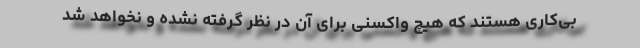
بی‌کاری هستند که هیچ واکسنی برای آن در نظر گرفته نشده و نخواهد شد